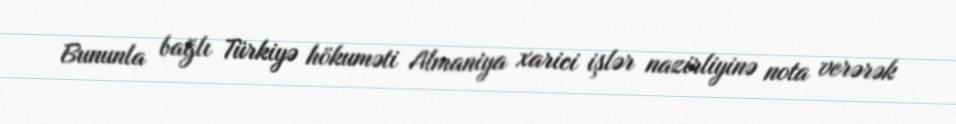
Bununla bağlı Türkiyə hökuməti Almaniya xarici işlər nazirliyinə nota verərək